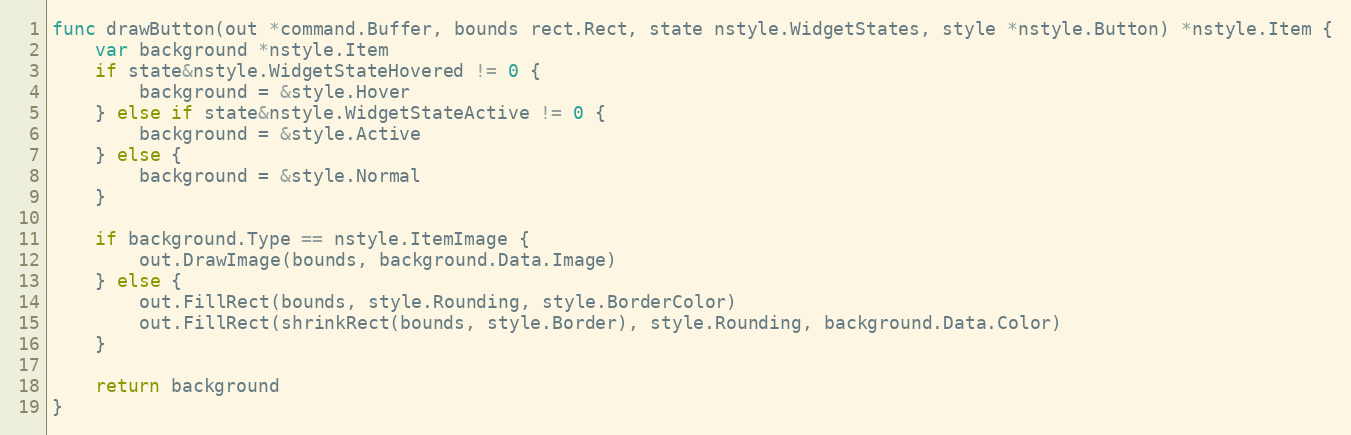
Language: Go
func drawButton(out *command.Buffer, bounds rect.Rect, state nstyle.WidgetStates, style *nstyle.Button) *nstyle.Item {
	var background *nstyle.Item
	if state&nstyle.WidgetStateHovered != 0 {
		background = &style.Hover
	} else if state&nstyle.WidgetStateActive != 0 {
		background = &style.Active
	} else {
		background = &style.Normal
	}

	if background.Type == nstyle.ItemImage {
		out.DrawImage(bounds, background.Data.Image)
	} else {
		out.FillRect(bounds, style.Rounding, style.BorderColor)
		out.FillRect(shrinkRect(bounds, style.Border), style.Rounding, background.Data.Color)
	}

	return background
}